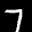
Label: 7